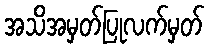
အသိအမှတ်ပြုလက်မှတ်